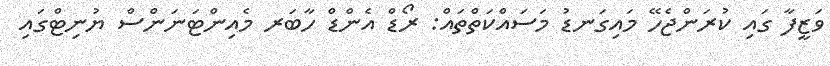
ވަޒީފާ ގައި ކުރަންޖެހޭ މައިގަނޑު މަސައްކަތްތައް: ރޯޑް އެންޑް ހާބަރ މެއިންޓަނަންސް ޔުނިޓްގައި